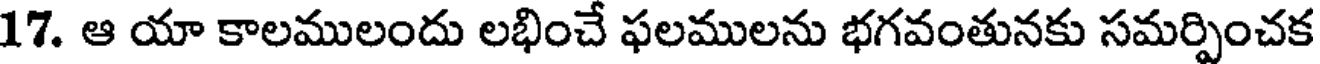
17. ఆ యా కాలములందు లభించే ఫలములను భగవంతునకు సమర్పించక